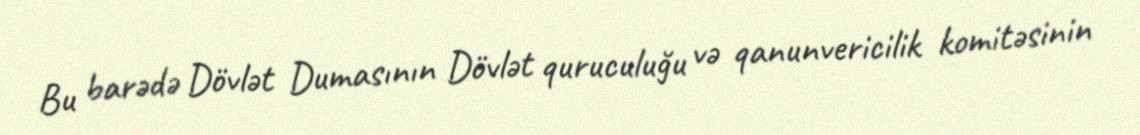
Bu barədə Dövlət Dumasının Dövlət quruculuğu və qanunvericilik komitəsinin